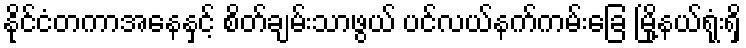
နိုင်ငံတကာအနေနှင့် စိတ်ချမ်းသာဖွယ် ပင်လယ်နက်ကမ်းခြေ မြို့နယ်ရုံးရှိ